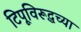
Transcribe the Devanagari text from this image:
टिपूविरूद्धच्या